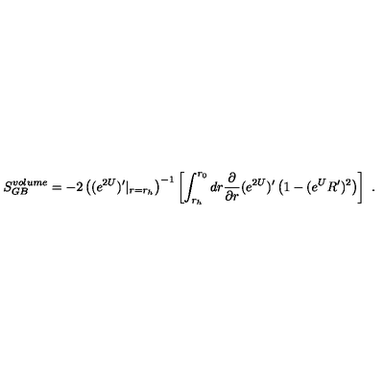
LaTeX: S _ { G B } ^ { v o l u m e } = - 2 \left( ( e ^ { 2 U } ) ^ { \prime } | _ { r = r _ { h } } \right) ^ { - 1 } \left[ \int _ { r _ { h } } ^ { r _ { 0 } } d r { \frac { \partial } { \partial r } } ( e ^ { 2 U } ) ^ { \prime } \left( 1 - ( e ^ { U } R ^ { \prime } ) ^ { 2 } \right) \right] \ .